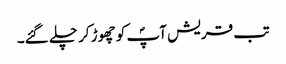
تب قریش آپؐ کو چھوڑ کر چلے گئے۔